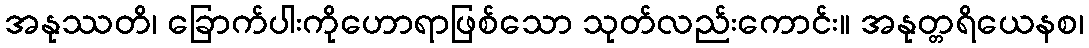
အနုဿတိ၊ ခြောက်ပါးကိုဟောရာဖြစ်သော သုတ်လည်းကောင်း။ အနုတ္တရိယေနစ၊